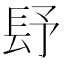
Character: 𨱢